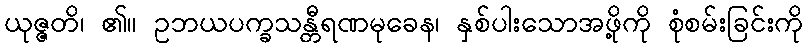
ယုဇ္ဇတိ၊ ၏။ ဥဘယပက္ခသန္တီရဏမုခေန၊ နှစ်ပါးသောအဖို့ကို စုံစမ်းခြင်းကို